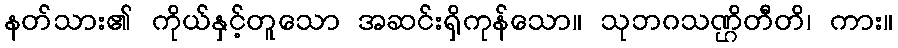
နတ်သား၏ ကိုယ်နှင့်တူသော အဆင်းရှိကုန်သော။ သုဘဂသဏ္ဌိတီတိ၊ ကား။